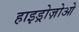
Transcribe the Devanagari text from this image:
हाइड्रोज़ोओ